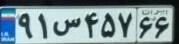
۹۱س۴۵۷۶۶